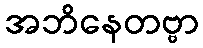
အဘိနေတဗ္ဗာ